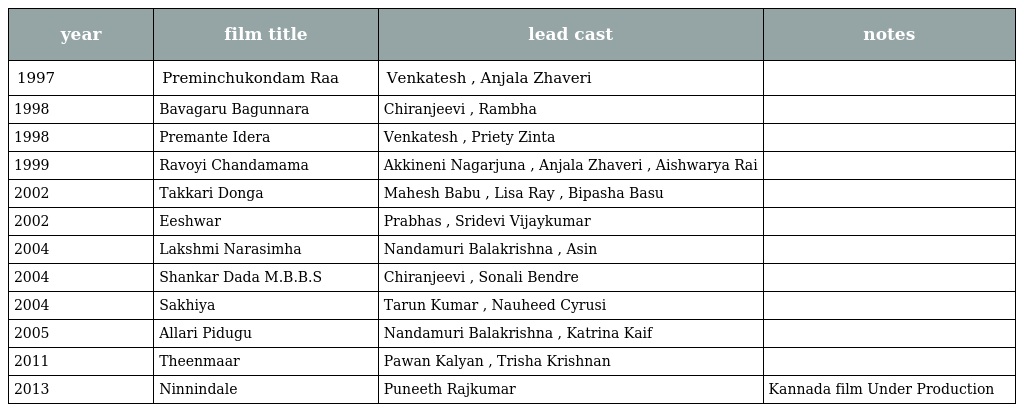
| year | film title | lead cast | notes |
 | --- | --- | --- | --- |
 | 1997 | Preminchukondam Raa | Venkatesh , Anjala Zhaveri |  |
 | 1998 | Bavagaru Bagunnara | Chiranjeevi , Rambha |  |
 | 1998 | Premante Idera | Venkatesh , Priety Zinta |  |
 | 1999 | Ravoyi Chandamama | Akkineni Nagarjuna , Anjala Zhaveri , Aishwarya Rai |  |
 | 2002 | Takkari Donga | Mahesh Babu , Lisa Ray , Bipasha Basu |  |
 | 2002 | Eeshwar | Prabhas , Sridevi Vijaykumar |  |
 | 2004 | Lakshmi Narasimha | Nandamuri Balakrishna , Asin |  |
 | 2004 | Shankar Dada M.B.B.S | Chiranjeevi , Sonali Bendre |  |
 | 2004 | Sakhiya | Tarun Kumar , Nauheed Cyrusi |  |
 | 2005 | Allari Pidugu | Nandamuri Balakrishna , Katrina Kaif |  |
 | 2011 | Theenmaar | Pawan Kalyan , Trisha Krishnan |  |
 | 2013 | Ninnindale | Puneeth Rajkumar | Kannada film Under Production |